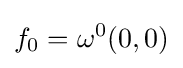
f_{0}=\omega ^{0}(0,0)